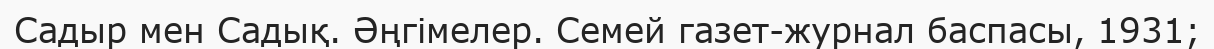
Садыр мен Садық. Әңгімелер. Семей газет-журнал баспасы, 1931;